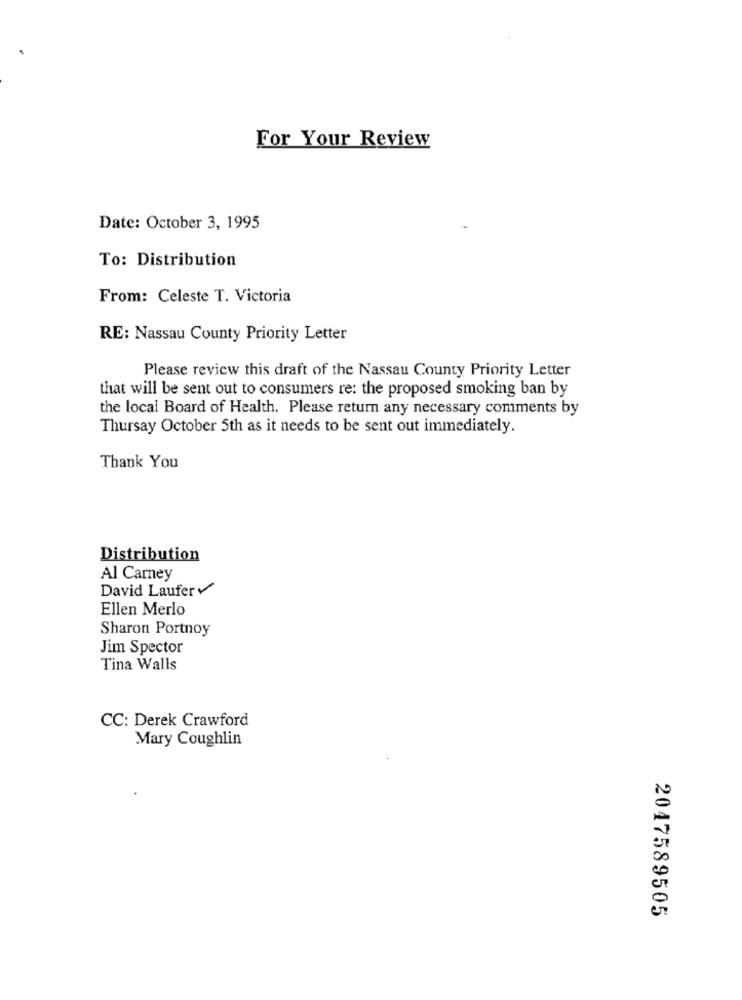
For Your Review
Date: October 3, 1995
To: Distribution
From: Celeste T. Victoria
RE: Nassau County Priority Letter
Please review this draft of the Nassau County Priority Letter
that will be sent out to consumers re: the proposed smoking ban by
the local Board of Health. Please return any necessary comments by
Thursay October 5th as it needs to be sent out immediately.
Thank You
Distribution
Al Carney
David Laufer
Ellen Merlo
Sharon Portnoy
Jim Spector
Tina Walls
CC: Derek Crawford
Mary Coughlin
2047589505